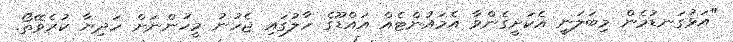
"އަޅުގަނޑުމެން މިބަލަނީ އެކަށީގެންވާ އެމައުންޓެއް އައްޑޫގެ ހާލުގައި ޖެހުނު މީހުންނަށް ހަދިޔާ ކުރެވޭތޯ.